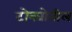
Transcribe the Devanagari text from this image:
टोक्योतील